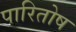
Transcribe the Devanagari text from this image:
पारितोष